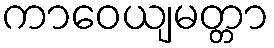
ကာဝေယျမတ္တာ